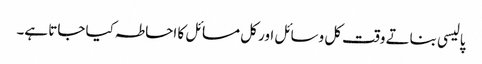
پالیسی بناتے وقت کل وسائل اور کل مسائل کا احاطہ کیا جاتا ہے۔